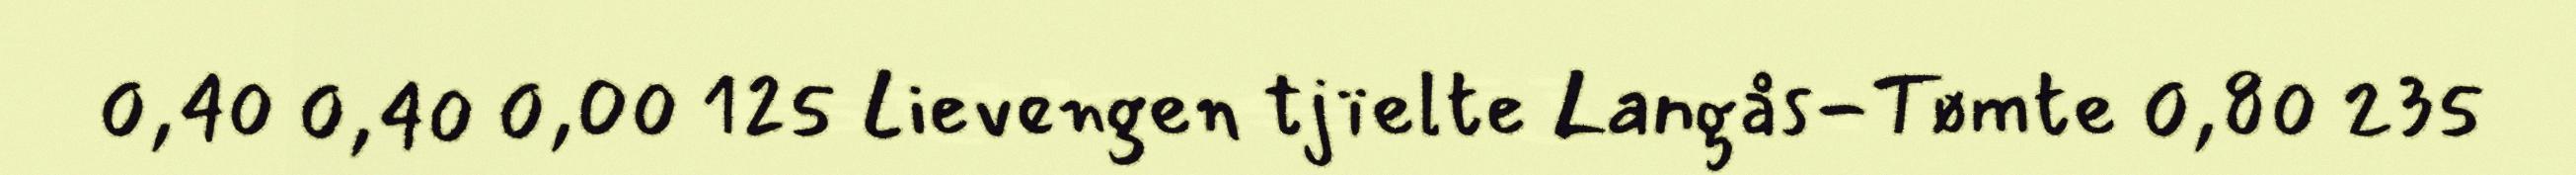
0,40 0,40 0,00 125 Lievengen tjïelte Langås-Tømte 0,80 235